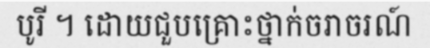
បូរី ។ ដោយជួបគ្រោះថ្នាក់ចរាចរណ៍